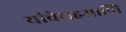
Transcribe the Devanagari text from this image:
यांचेसहआणि